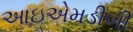
આઇએમડીબી